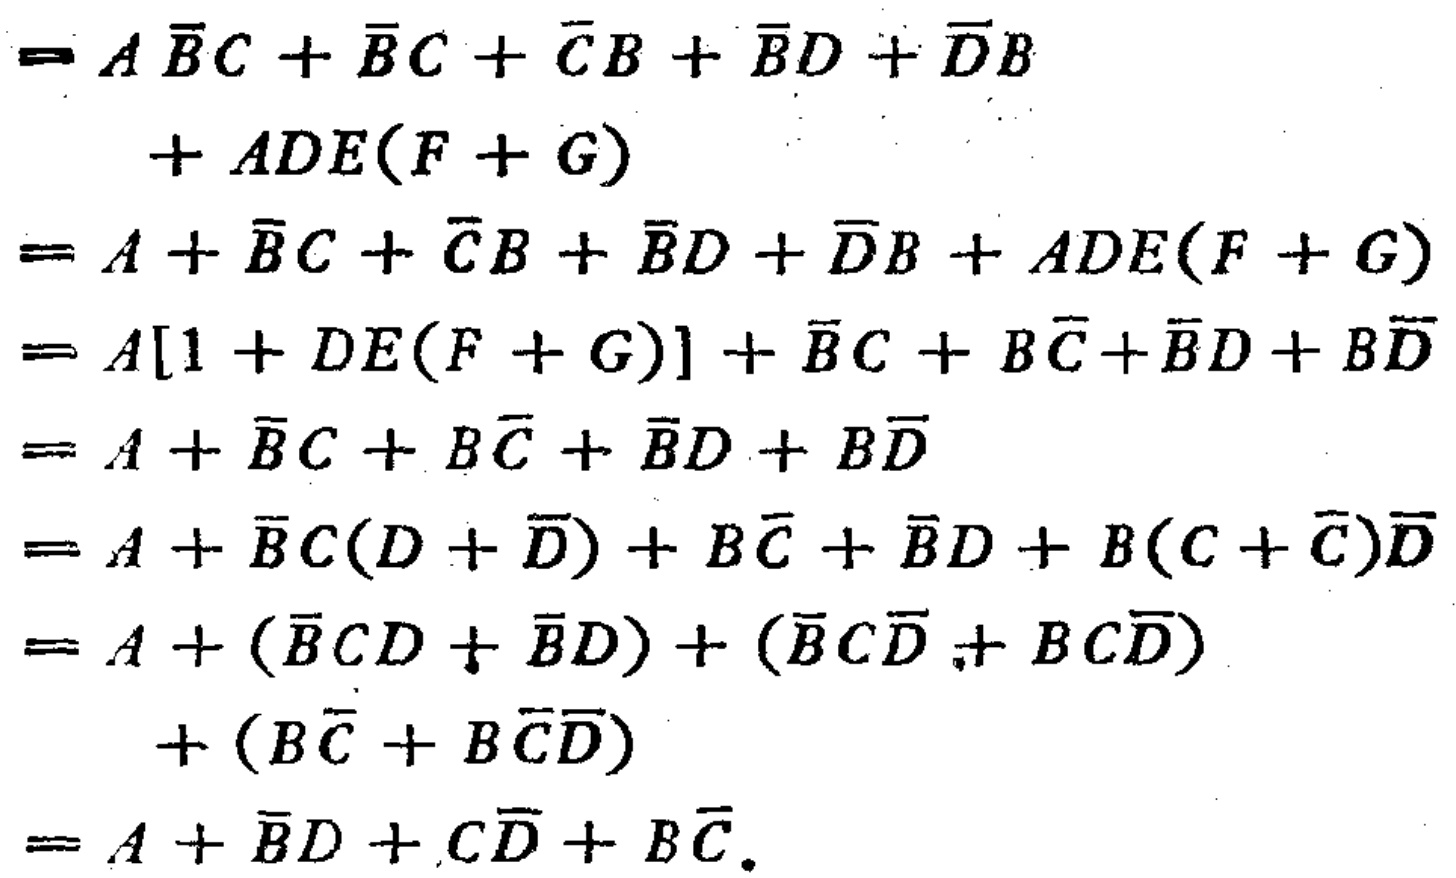
\begin{align*}

&=A\overline{B}C+\overline{B}C+\overline{C}B+\overline{B}D+\overline{D}B\\

&\quad+ADE(F + G)\\

&=A+\overline{B}C+\overline{C}B+\overline{B}D+\overline{D}B+ADE(F + G)\\

&=A[1 + DE(F + G)]+\overline{B}C+B\overline{C}+\overline{B}D+B\overline{D}\\

&=A+\overline{B}C+B\overline{C}+\overline{B}D+B\overline{D}\\

&=A+\overline{B}C(D+\overline{D})+B\overline{C}+\overline{B}D+B(C+\overline{C})\overline{D}\\

&=A+(\overline{B}CD+\overline{B}\overline{D})+(\overline{B}C\overline{D}+BC\overline{D})\\

&\quad+(B\overline{C}+B\overline{C}\overline{D})\\

&=A+\overline{B}D+C\overline{D}+B\overline{C}.

\end{align*}